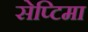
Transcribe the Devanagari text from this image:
सेप्टिमा